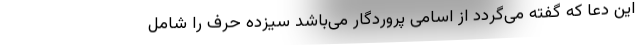
این دعا که گفته می‌گردد از اسامی پروردگار می‌باشد سیزده حرف را شامل